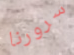
سرورنا